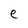
Character: e